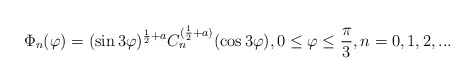
\begin{align*}\Phi _{n}(\varphi ) = (\sin 3\varphi )^{\frac{1}{2} + a}C_{n}^{(\frac{1}{2} + a)}(\cos 3\varphi ), 0\leq \varphi \leq \frac{\pi }{3}, n=0,1,2,... \end{align*}